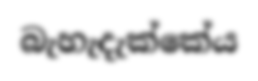
බැහැදැක්කේය